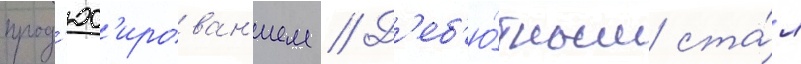
прод'юс'ирован'ием // Д'еб'ю́тным ста́л